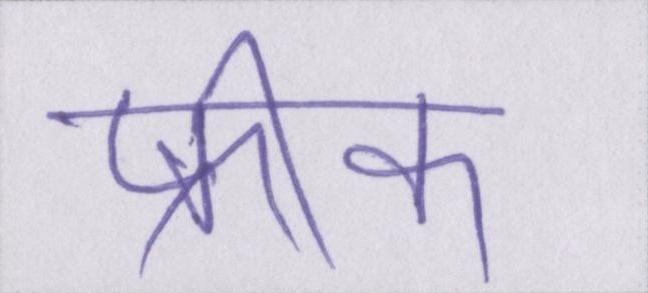
फ्रीक